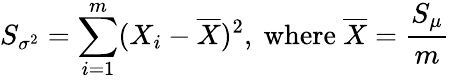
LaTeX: S_{\sigma^{2}}=\sum_{i=1}^{m}(X_{i}-{\overline{{X}}})^{2},{\mathrm{~where~}}{\overline{{X}}}={\frac{S_{\mu}}{m}}